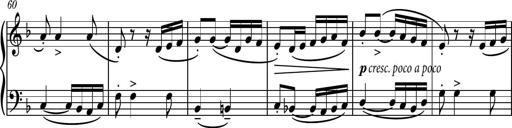
Title: Piano Sonatina II
Composer: Dimitri Sykias
Key: F major